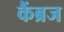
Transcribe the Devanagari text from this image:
कैंब्रज